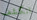
انكشف